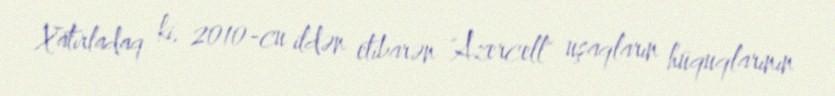
Xatırladaq ki, 2010-cu ildən etibarən "Azercell" uşaqların hüquqlarının